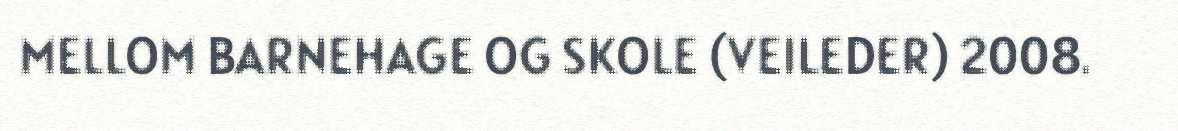
MELLOM BARNEHAGE OG SKOLE (VEILEDER) 2008.